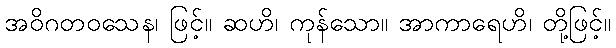
အဝိဂတဝသေန၊ ဖြင့်။ ဆဟိ၊ ကုန်သော။ အာကာရေဟိ၊ တို့ဖြင့်။